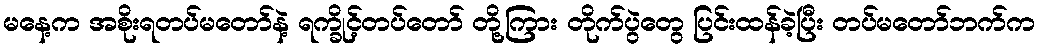
မနေ့က အစိုးရတပ်မတော်နဲ့ ရက္ခိုင့်တပ်တော် တို့ကြား တိုက်ပွဲတွေ ပြင်းထန်ခဲ့ပြီး တပ်မတော်ဘက်က